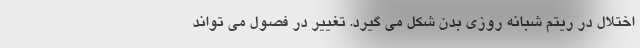
اختلال در ریتم شبانه روزی بدن شکل می گیرد. تغییر در فصول می تواند